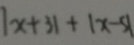
\vert x + 3 \vert + \vert x - 5 \vert